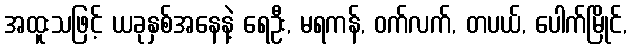
အထူးသဖြင့် ယခုနှစ်အနေနဲ့ ရေဦး, မရကန်, ဝက်လက်, တပယ်, ပေါက်မြိုင်,